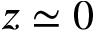
z \simeq 0